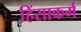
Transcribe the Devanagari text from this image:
हिंसाकर्म